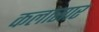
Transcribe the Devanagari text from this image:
कलासार